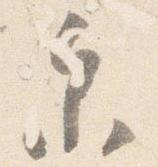
参